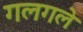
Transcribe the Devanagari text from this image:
गलगले